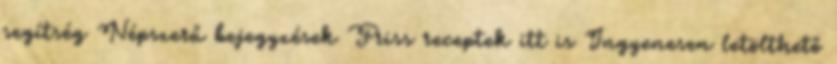
segítség Népszerű bejegyzések Friss receptek itt is Ingyenesen letölthető